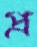
প্র